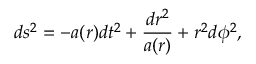
d s ^ { 2 } = - a ( r ) d t ^ { 2 } + \frac { d r ^ { 2 } } { a ( r ) } + r ^ { 2 } d \phi ^ { 2 } ,